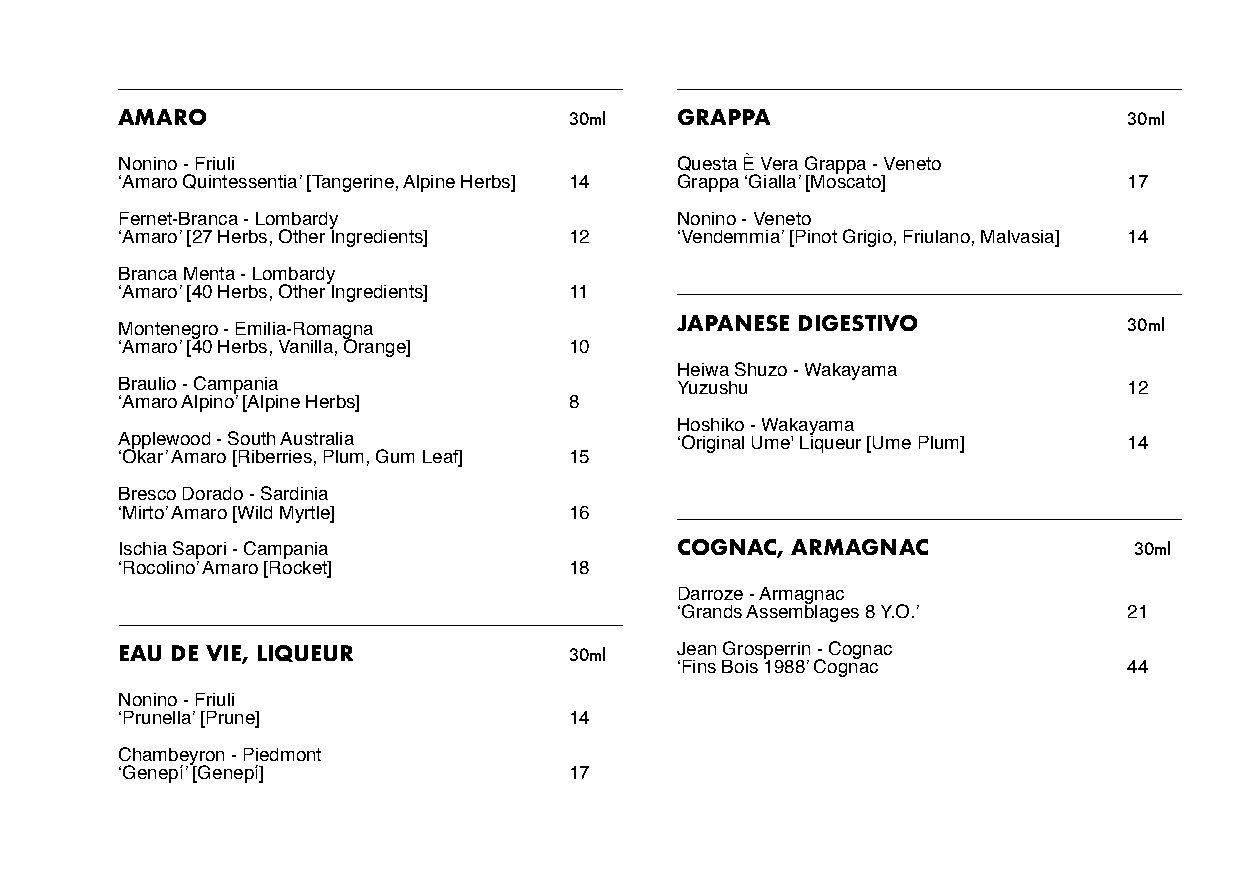
AMARO                         30ml   GRAPPA                        30ml
 Nonino - Friuli                      Questa È Vera Grappa - Veneto
 ‘Amaro Quintessentia’ [Tangerine, Alpine Herbs] 14 Grappa ‘Gialla’ [Moscato] 17
 Fernet-Branca - Lombardy             Nonino - Veneto
 ‘Amaro’ [27 Herbs, Other Ingredients] 12 ‘Vendemmia’ [Pinot Grigio, Friulano, Malvasia] 14
 Branca Menta - Lombardy
 ‘Amaro’ [40 Herbs, Other Ingredients] 11
 Montenegro - Emilia-Romagna          JAPANESE DIGESTIVO            30ml
 ‘Amaro’ [40 Herbs, Vanilla, Orange] 10
 Heiwa Shuzo - Wakayama
 Braulio - Campania                   Yuzushu                       12
 ‘Amaro Alpino’ [Alpine Herbs] 8
 Hoshiko - Wakayama
 Applewood - South Australia          ‘Original Ume' Liqueur [Ume Plum] 14
 ‘Okar’ Amaro [Riberries, Plum, Gum Leaf] 15
 Bresco Dorado - Sardinia
 ‘Mirto’ Amaro [Wild Myrtle]   16
 Ischia Sapori - Campania             COGNAC, ARMAGNAC              30ml
 ‘Rocolino’ Amaro [Rocket]     18
 Darroze - Armagnac
 ‘Grands Assemblages 8 Y.O.’   21
 EAU DE VIE, LIQUEUR           30ml   Jean Grosperrin - Cognac
 ‘Fins Bois 1988’ Cognac       44
 Nonino - Friuli
 ‘Prunella’ [Prune]            14
 Chambeyron - Piedmont
 ‘Genepí’ [Genepí]             17